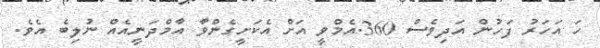
ހަ އަހަރު ފަހުން އަދިވެސް 360.އެމްވީ އަށް އެކަށީގެންވާ އާމްދަނީއެއް ނުލިބެ އެވެ.